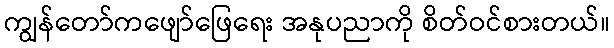
ကျွန်တော်ကဖျော်ဖြေရေး အနုပညာကို စိတ်ဝင်စားတယ်။